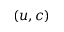
( u , c )